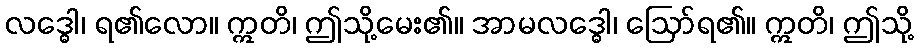
လဒ္ဓေါ၊ ရ၏လော။ ဣတိ၊ ဤသို့မေး၏။ အာမလဒ္ဓေါ၊ ဩော်ရ၏။ ဣတိ၊ ဤသို့